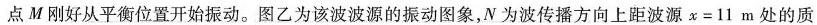
点M刚好从平衡位置开始振动。图乙为该波波源的振动图象，N为波传播方向上距波源$$x = 1 1 m$$处的质